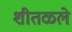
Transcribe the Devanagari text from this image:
शीतळले